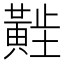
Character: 𬹑